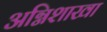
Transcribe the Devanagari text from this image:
अग्निशाखा